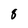
Character: 8